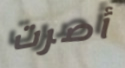
أصرت